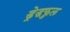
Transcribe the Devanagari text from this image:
ड्रेडफुल